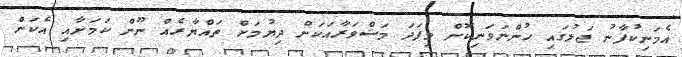
އެމަނިކުފާނު ޖަލުގައި ހުންނަވަނިކޮށް މިފަދަ މަޝްވަރާއަކަށް ދިޔުމަށް ތައްޔާރެއް ނޫން ކަމަށާއި އެކަން